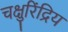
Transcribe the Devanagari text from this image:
चक्षुरिंद्रिय